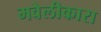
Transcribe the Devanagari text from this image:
मवेलीकारा